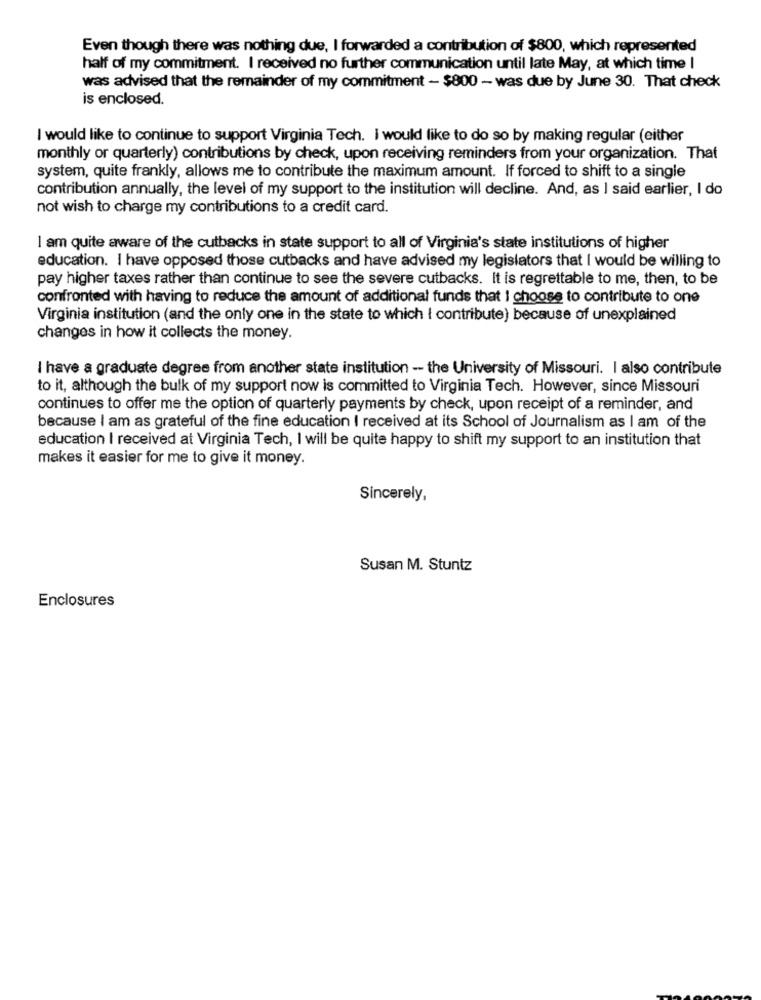
Even though there was nothing due, I forwarded a contribution of $800, which represented
half of my commitment. I received no further communication until late May, at which time I
was advised that the remainder of my commitment - $800 - was due by June 30. That check
is enclosed.
I would like to continue to support Virginia Tech. I would like to do so by making regular (either
monthly or quarterly) contributions by check, upon receiving reminders from your organization. That
system, quite frankly, allows me to contribute the maximum amount. If forced to shift to a single
contribution annually, the level of my support to the institution will decline. And, as I said earlier, I do
not wish to charge my contributions to a credit card.
I am quite aware of the cutbacks in state support to all of Virginia's state institutions of higher
education. I have opposed those cutbacks and have advised my legislators that I would be willing to
pay higher taxes rather than continue to see the severe cutbacks. It is regrettable to me, then, to be
confronted with having to reduce the amount of additional funds that I choose to contribute to one
Virginia institution (and the only one in the state to which I contribute) because of unexplained
changes in how it collects the money.
I have a graduate degree from another state institution - the University of Missouri. I also contribute
to it, although the bulk of my support now is committed to Virginia Tech. However, since Missouri
continues to offer me the option of quarterly payments by check, upon receipt of a reminder, and
because I am as grateful of the fine education I received at its School of Journalism as I am of the
education I received at Virginia Tech, I will be quite happy to shift my support to an institution that
makes it easier for me to give it money.
Sincerely,
Susan M. Stuntz
Enclosures